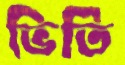
ভিতি